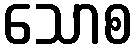
သောစ